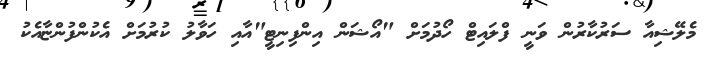
މެލޭޝިއާ ސަރުކާރުން ވަނީ ފްލައިޓް ހޯދުމަށް "އޯޝަން އިންފިނިޓީ"އާއި ހަވާލު ކުރުމަށް އެކުންފުންޏާއެކު